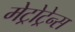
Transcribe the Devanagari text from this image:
मेट्रोट्रेन्स